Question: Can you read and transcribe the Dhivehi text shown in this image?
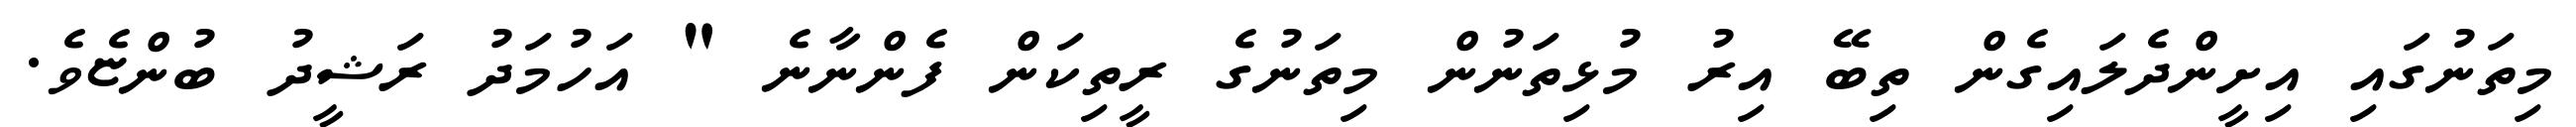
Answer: މިތަނުގައި އިށީންދެލައިގެން ތިބޭ އިރު މުޅިތަނުން މިތަނުގެ ރީތިކަން ފެންނާނެ " އަހުމަދު ރަޝީދު ބުންޏެވެ.